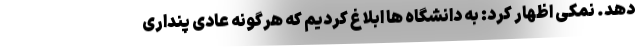
دهد. نمکی اظهار کرد: به دانشگاه ها ابلاغ کردیم که هرگونه عادی پنداری